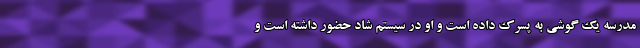
مدرسه یک گوشی به پسرک داده است و او در سیستم شاد حضور داشته است و